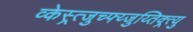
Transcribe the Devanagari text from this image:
व्केस्र्त्जुच्फ्य्जुय्तिक्र्त्यु